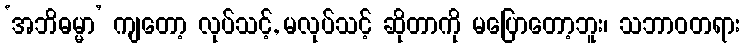
‘အဘိဓမ္မာ’ ကျတော့ လုပ်သင့်, မလုပ်သင့် ဆိုတာကို မပြောတော့ဘူး၊ သဘာဝတရား